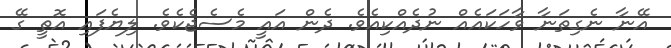
އޭނާ ނެގިތަނާ ވާހަކައެއް ނުދެއްކިއެވެ. ދެން އައީ މެސެޖެކެވެ. ލިޔެފައި އޮތީ ގޭ